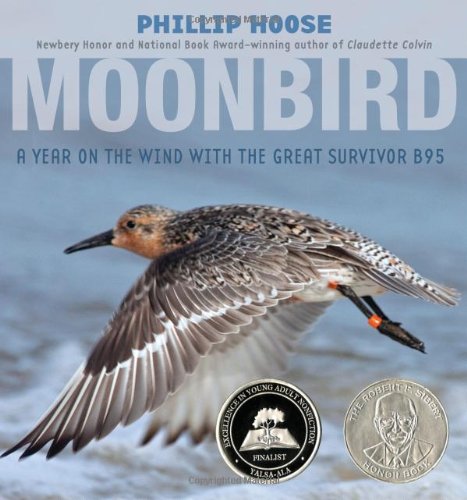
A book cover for Moonbird: A Year on the Wind with the Great Survivor B95 (Robert F. Sibert Informational Book Honor (Awards)); Phillip Hoose; Children's Books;